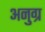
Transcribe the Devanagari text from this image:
अनुग्र